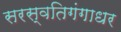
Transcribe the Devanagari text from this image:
सरस्वतिगंगाधर